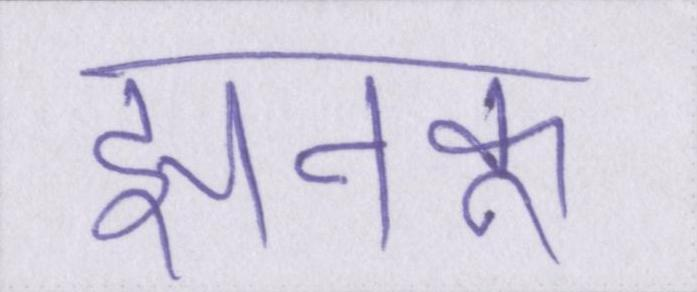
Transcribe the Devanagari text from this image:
झनकू